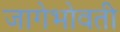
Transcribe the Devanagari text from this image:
जागेभोवती